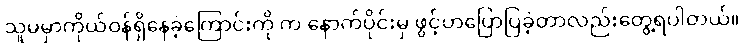
သူမမှာကိုယ်ဝန်ရှိနေခဲ့ကြောင်းကို က နောက်ပိုင်းမှ ဖွင့်ဟပြောပြခဲ့တာလည်းတွေ့ရပါတယ်။